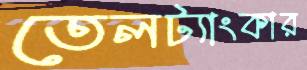
তেলট্যাংকার